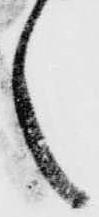
之